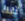
تلك